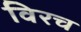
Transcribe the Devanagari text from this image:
विरच